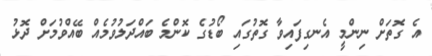
އެ ގޮތަށް ނިންމީ އެނގިފައިވާ ގޮތުގައި ބޯޑުގެ ކޮންމެ ބައްދަލުވުމެއް ބޭއްވުމަށް ދޮޅު